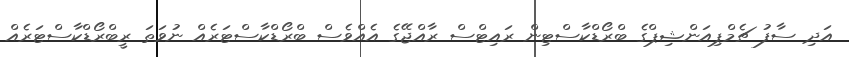
އަދި ސާފު ޗެމްޕިއަންޝިޕްގެ ބްރޯޑްކާސްޓިން ރައިޓްސް ރާއްޖޭގެ އެއްވެސް ބްރޯޑްކާސްޓަރެއް ނުވަތަ ރީބްރޯޑްކާސްޓަރެއް